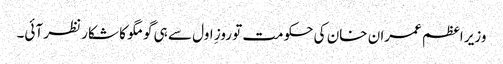
وزیر اعظم عمران خان کی حکومت تو روزِ اول سے ہی گومگو کا شکار نظر آئی۔